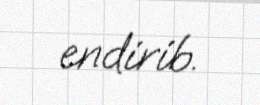
endirib.